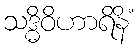
သဒ္ဓိဝိဟာရိနိံ